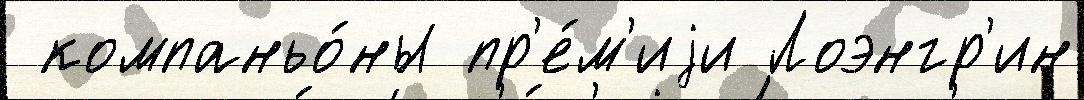
 компаньо́ны пр'е́м'иjи Лоэнгр'ин